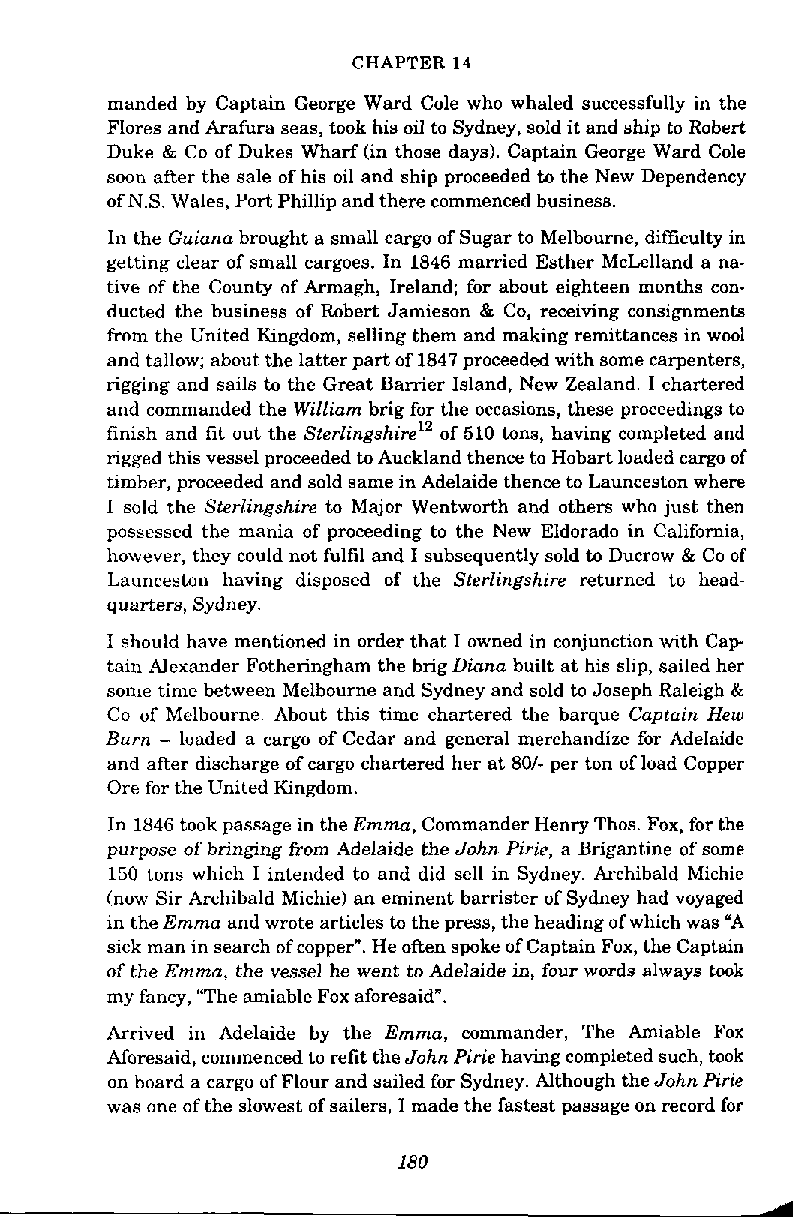
CHAPTER 14
 manded by Captain George Ward Cole who whaled successfully in the
 Flores and Arafura seas, took his oil to Sydney, sold it and ship to Robert
 Duke & Co of Dukes Wharf (in those days). Captain George Ward Cole
 soon after the sale of his oil and ship proceeded to the New Dependency
 of N.S. Wales, Port Phillip and there commenced husiness.
 In the Guiana brought a small cargo of Sugar to Melbourne, difficulty in
 getting clear of small cargoes. In 1846 married Esther McLelland a na-
 tive of the County of Armagh, Ireland; for about eighteen months con-
 ducted the husiness of Rohert Jamieson & Co, receiving consignments
 from the United Kingdom, selling them and making remittances in wool
 and tallow; about the latter part of 1847 proceeded with some carpenters,
 rigging and sails to the Great Barrier Island, New Zealand. I chartered
 and commanded the William brig for the occasions, these proceedings to
 finish and fit out the ~terlingshire'~of 510 tons, having completed and
 rigged this vessel proceeded to Auckland thence to Hobart loaded cargo of
 timber, proceeded and sold same in Adelaide thence to Launceston where
 I sold the Sterlingshire to Major Wentworth and others who just then
 possessed the mania of proceeding to the New Eldorado in California,
 however, they could not fulfil and I subsequently sold to Ducrow & Co of
 Launceston having disposed of the Sterlingshire returned to head-
 quarters, Sydney.
 I should have mentioned in order that I owned in conjunction with Cap
 tain Alexander Fotheringham the brig Diana built at his slip, sailed her
 some time between Melhourne and Sydney and sold to Joseph Raleigh &
 Co of Melbourne. About this time chartered the barque Captain Hew
 Burn - loaded a cargo of Cedar and general merchandize for Adelaide
 and after discharge of cargo chartered her at 801- per ton of load Copper
 Ore for the United Kingdom.
 In 1846 took passage in the Emma, Commander Henry Thos. Fox, for the
 purpose of bringing from Adelaide the John Pirie, a Brigantine of some
 150 tons which I intended to and did sell in Sydney. Archibald Michie
 (now Sir Archibald Michie) an eminent barrister of Sydney had voyaged
 in the Emma and wrote articles to the press, the heading of which was "A
 sick man in search of copper". He often spoke of Captain Fox, the Captain
 of the Emma, the vessel he went to Adelaide in, four words always took
 my fancy, "The amiable Fox aforesaid".
 Arrived in Adelaide by the Emma, commander, The Amiable Fox
 Aforesaid, commenced to refit the John Pirie having completed such, twk
 on hoard a cargo of Flour and sailed for Sydney. Although the John Pirie
 was one of the slowest of sailers, I made the fastest passage on record for